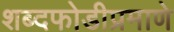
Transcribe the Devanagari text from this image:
शब्दफोडीप्रमाणे